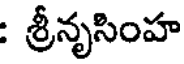
: శ్రీనృసింహ